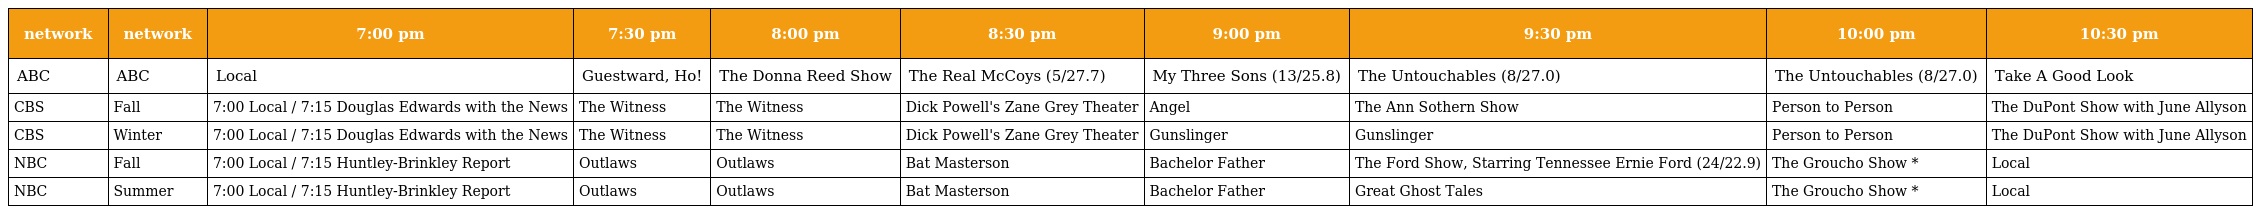
| network | network | 7:00 pm | 7:30 pm | 8:00 pm | 8:30 pm | 9:00 pm | 9:30 pm | 10:00 pm | 10:30 pm |
 | --- | --- | --- | --- | --- | --- | --- | --- | --- | --- |
 | ABC | ABC | Local | Guestward, Ho! | The Donna Reed Show | The Real McCoys (5/27.7) | My Three Sons (13/25.8) | The Untouchables (8/27.0) | The Untouchables (8/27.0) | Take A Good Look |
 | CBS | Fall | 7:00 Local / 7:15 Douglas Edwards with the News | The Witness | The Witness | Dick Powell's Zane Grey Theater | Angel | The Ann Sothern Show | Person to Person | The DuPont Show with June Allyson |
 | CBS | Winter | 7:00 Local / 7:15 Douglas Edwards with the News | The Witness | The Witness | Dick Powell's Zane Grey Theater | Gunslinger | Gunslinger | Person to Person | The DuPont Show with June Allyson |
 | NBC | Fall | 7:00 Local / 7:15 Huntley-Brinkley Report | Outlaws | Outlaws | Bat Masterson | Bachelor Father | The Ford Show, Starring Tennessee Ernie Ford (24/22.9) | The Groucho Show * | Local |
 | NBC | Summer | 7:00 Local / 7:15 Huntley-Brinkley Report | Outlaws | Outlaws | Bat Masterson | Bachelor Father | Great Ghost Tales | The Groucho Show * | Local |